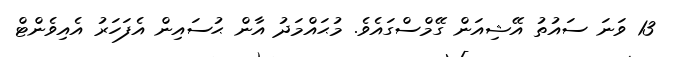
13 ވަނަ ސައުތު އޭޝިއަން ގޭމްސްގައެވެ. މުޙައްމަދު އާން ޙުސައިން އެފަހަރު އެއިވެންޓް